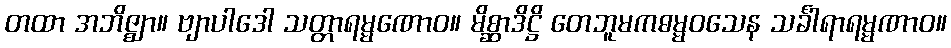
တထာ အဘိဇ္ဈာ။ ဗျာပါဒေါ သတ္တာရမ္မဏောဝ။ မိစ္ဆာဒိဋ္ဌိ တေဘူမကဓမ္မဝသေန သင်္ခါရာရမ္မဏာဝ။